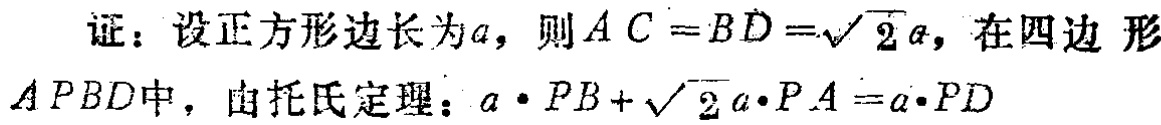
证：设正方形边长为\(a\)，则\(AC = BD=\sqrt{2}a\)，在四边形\(APBD\)中，由托氏定理：\(a\cdot PB+\sqrt{2}a\cdot PA = a\cdot PD\)